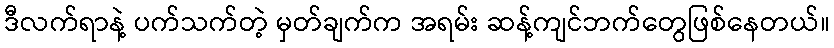
ဒီလက်ရာနဲ့ ပက်သက်တဲ့ မှတ်ချက်က အရမ်း ဆန့်ကျင်ဘက်တွေဖြစ်နေတယ်။